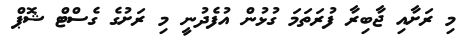
މި ރަށާއި ޖާބިރާ ފުރަތަމަ ގުޅުން އުފެދުނީ މި ރަށުގެ ގެސްޓް ޝޮޕް